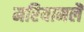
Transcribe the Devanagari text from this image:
मरियामलै